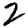
Digit: 2